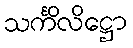
သင်္ကိလိဋ္ဌော